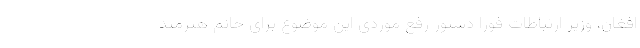
افغان، وزیر ارتباطات فورا دستور رفع موردی این موضوع برای خانم هنرمند